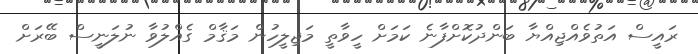
ރައީސް އަތުވެއްޖިއްޔާ ބަންދުކޮށްފާނެ ކަމަށް ހީވާތީ މަޖިލީހުން މަޤާމް ގެއްލުވާ ނުލަނީސް ބޭރަށް